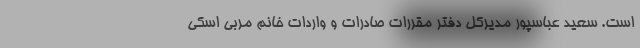
است. سعید عباسپور مدیرکل دفتر مقررات صادرات و واردات خانم مربی اسکی